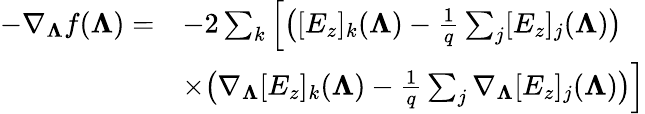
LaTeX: \begin{array}{rl}{-\nabla_{\boldsymbol{\Lambda}}f(\boldsymbol{\Lambda})=}&{-2\sum_{k}\left[\big([E_{z}]_{k}(\boldsymbol{\Lambda})-\frac{1}{q}\sum_{j}[E_{z}]_{j}(\boldsymbol{\Lambda})\big)\right.}\\ &{\left.\times\big(\nabla_{\boldsymbol{\Lambda}}[E_{z}]_{k}(\boldsymbol{\Lambda})-\frac{1}{q}\sum_{j}\nabla_{\boldsymbol{\Lambda}}[E_{z}]_{j}(\boldsymbol{\Lambda})\big)\right]}\end{array}